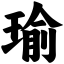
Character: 瑜